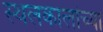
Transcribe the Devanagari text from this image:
स्थलकालांच्या